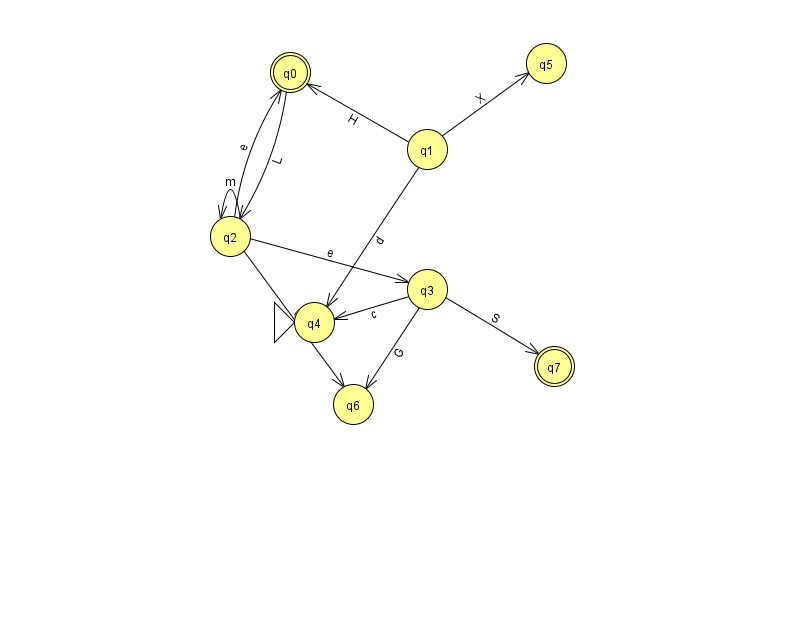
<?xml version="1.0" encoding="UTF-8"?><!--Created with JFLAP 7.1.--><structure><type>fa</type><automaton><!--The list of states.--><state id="0" name="q0"><x>290.0</x><y>59.0</y><final/></state><state id="1" name="q1"><x>427.0</x><y>136.0</y></state><state id="2" name="q2"><x>230.0</x><y>223.0</y></state><state id="3" name="q3"><x>427.0</x><y>276.0</y></state><state id="4" name="q4"><x>314.0</x><y>309.0</y><initial/></state><state id="5" name="q5"><x>546.0</x><y>50.0</y></state><state id="6" name="q6"><x>353.0</x><y>391.0</y></state><state id="7" name="q7"><x>554.0</x><y>353.0</y><final/></state><!--The list of transitions.--><transition><from>2</from><to>3</to><read>e</read></transition><transition><from>2</from><to>0</to><read>e</read></transition><transition><from>1</from><to>0</to><read>H</read></transition><transition><from>1</from><to>5</to><read>X</read></transition><transition><from>3</from><to>4</to><read>c</read></transition><transition><from>2</from><to>6</to><read>w</read></transition><transition><from>3</from><to>7</to><read>S</read></transition><transition><from>1</from><to>4</to><read>d</read></transition><transition><from>2</from><to>2</to><read>m</read></transition><transition><from>0</from><to>2</to><read>L</read></transition><transition><from>3</from><to>6</to><read>G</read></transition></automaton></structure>